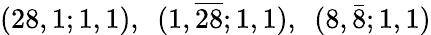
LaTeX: (28,1;1,1),~~(1,\overline{{{28}}};1,1),~~(8,\bar{8};1,1)